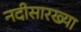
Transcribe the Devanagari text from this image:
नदीसारख्या